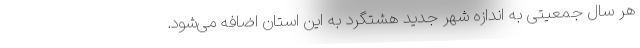
هر سال جمعیتی به اندازه شهر جدید هشتگرد به این استان اضافه می‌شود.